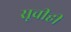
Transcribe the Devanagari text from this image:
सूचीही